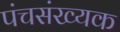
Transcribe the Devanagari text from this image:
पंचसंख्यक